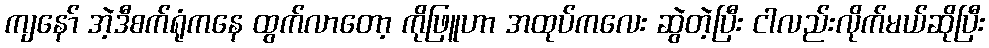
ကျနော် အဲ့ဒီစက်ရုံကနေ ထွက်လာတော့ ကိုဖြူဟာ အထုပ်ကလေး ဆွဲတဲ့ပြီး ငါလည်းလိုက်မယ်ဆိုပြီး